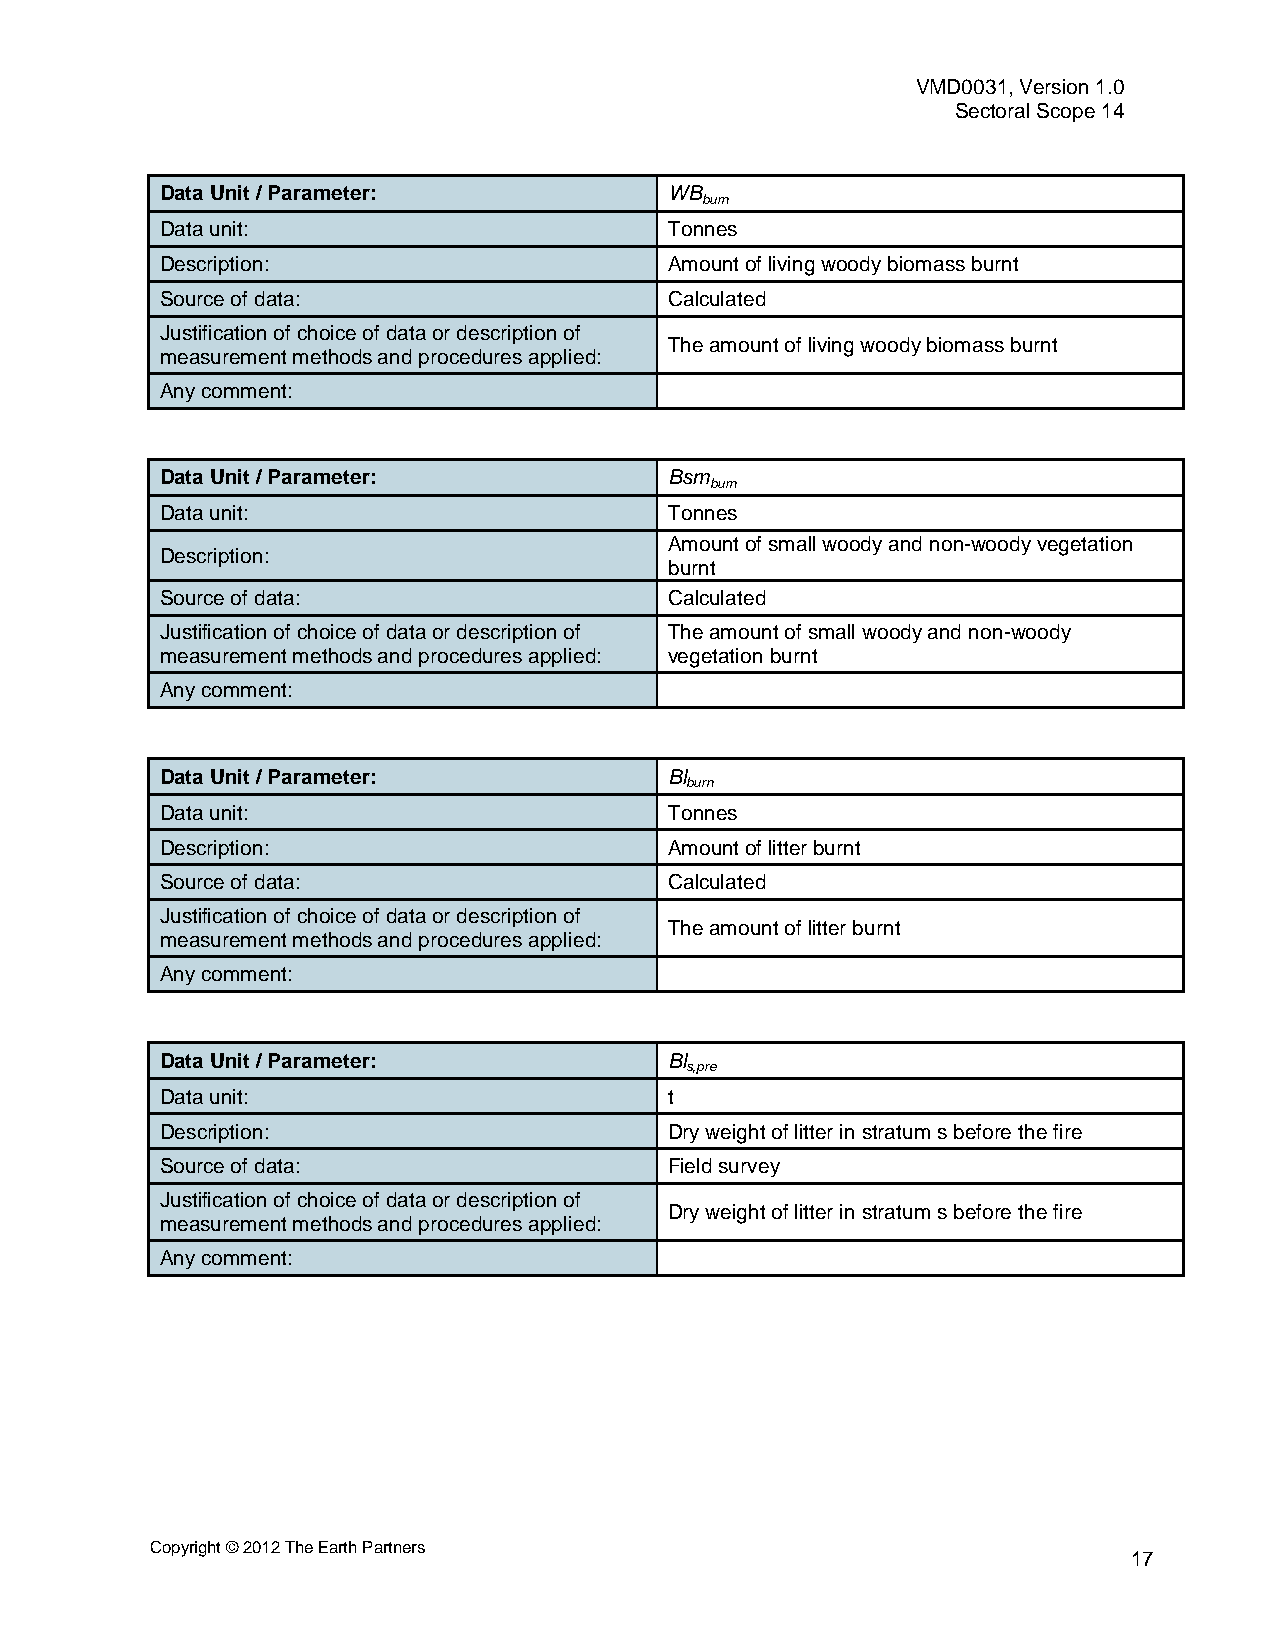
VMD0031, Version 1.0
 Sectoral Scope 14
 Data Unit / Parameter:           WB
 burn
 Data unit:                       Tonnes
 Description:                     Amount of living woody biomass burnt
 Source of data:                  Calculated
 Justification of choice of data or description of
 The amount of living woody biomass burnt
 measurement methods and procedures applied:
 Any comment:
 Data Unit / Parameter:           Bsm
 burn
 Data unit:                       Tonnes
 Amount of small woody and non-woody vegetation
 Description:
 burnt
 Source of data:                  Calculated
 Justification of choice of data or description of The amount of small woody and non-woody
 measurement methods and procedures applied: vegetation burnt
 Any comment:
 Data Unit / Parameter:           Bl
 burn
 Data unit:                       Tonnes
 Description:                     Amount of litter burnt
 Source of data:                  Calculated
 Justification of choice of data or description of
 The amount of litter burnt
 measurement methods and procedures applied:
 Any comment:
 Data Unit / Parameter:           Bl
 s,pre
 Data unit:                       t
 Description:                     Dry weight of litter in stratum s before the fire
 Source of data:                  Field survey
 Justification of choice of data or description of
 Dry weight of litter in stratum s before the fire
 measurement methods and procedures applied:
 Any comment:
 Copyright © 2012 The Earth Partners
 17